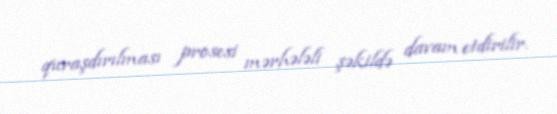
quraşdırılması prosesi mərhələli şəkildə davam etdirilir.